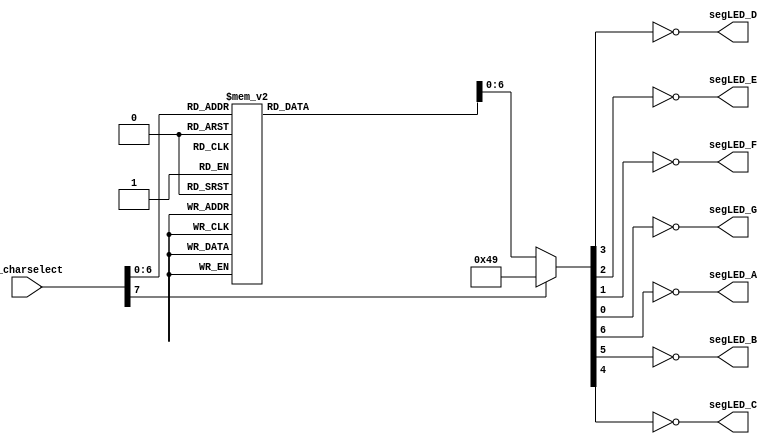
/*
    Pass in i_charselect in the format of a character as:
    A, b, 7, etc etc
*/

module CharacterSelectSegments
    (
        input [7:0] i_charselect,
        output segLED_A,
        output segLED_B,
        output segLED_C,
        output segLED_D,
        output segLED_E,
        output segLED_F,
        output segLED_G
    );

    reg [7:0] outputBits = 8'b00000000;

    always @ (i_charselect)
        begin
            outputBits = 8'b00000000;
            case (i_charselect)
                "A":
                    outputBits = 7'b1110111;
                "b":
                    outputBits = 7'b0011111;
                "B", "8":
                    outputBits = 7'b1111111;
                "c":
                    outputBits = 7'b0001101;
                "C":
                    outputBits = 7'b1001110;
                "d", "D":
                    outputBits = 7'b0111101;
                "E":
                    outputBits = 7'b1001111;
                "F":
                    outputBits = 7'b1000111;
                "g", "9":
                    outputBits = 7'b1111011;
                "G":
                    outputBits = 7'b1001111;
                "h":
                    outputBits = 7'b0010111;
                "H":
                    outputBits = 7'b0110111;
                "i":
                    outputBits = 7'b0010000;
                "I", "1":
                    outputBits = 7'b0110000;
                "j":
                    outputBits = 7'b0111100;
                "J":
                    outputBits = 7'b1111100;
                "l": 
                    outputBits = 7'b0000110;
                "L": 
                    outputBits = 7'b0001110;
                "n":
                    outputBits = 7'b0010101;
                "N":
                    outputBits = 7'b1110110;
                "o":
                    outputBits = 7'b0011101;
                "O", "0":
                    outputBits = 7'b1111110;
                "p", "P":
                    outputBits = 7'b1100111;
                "q":
                    outputBits = 7'b1110011;
                "r":
                    outputBits = 7'b0000101;
                "s", "S", "5":
                    outputBits = 7'b1011011;
                "u":
                    outputBits = 7'b0011100;
                "U":
                    outputBits = 7'b0111110;
                "Y":
                    outputBits = 7'b0111011;
                "Z", "2":
                    outputBits = 7'b1101101;
                "3":
                    outputBits = 7'b1111001;
                "4":
                    outputBits = 7'b0110011;
                "6":
                    outputBits = 7'b1011111;
                "7":
                    outputBits = 7'b1110000;
                default:
                    outputBits = 7'b1001001;
            endcase
        end

    assign segLED_A = ~outputBits[6]; //segment A (top)
    assign segLED_B = ~outputBits[5]; //segment B
    assign segLED_C = ~outputBits[4]; //segment C
    assign segLED_D = ~outputBits[3]; //segment D (bottom)
    assign segLED_E = ~outputBits[2]; //segment E
    assign segLED_F = ~outputBits[1]; //segment F
    assign segLED_G = ~outputBits[0]; //segment G (middle)

endmodule